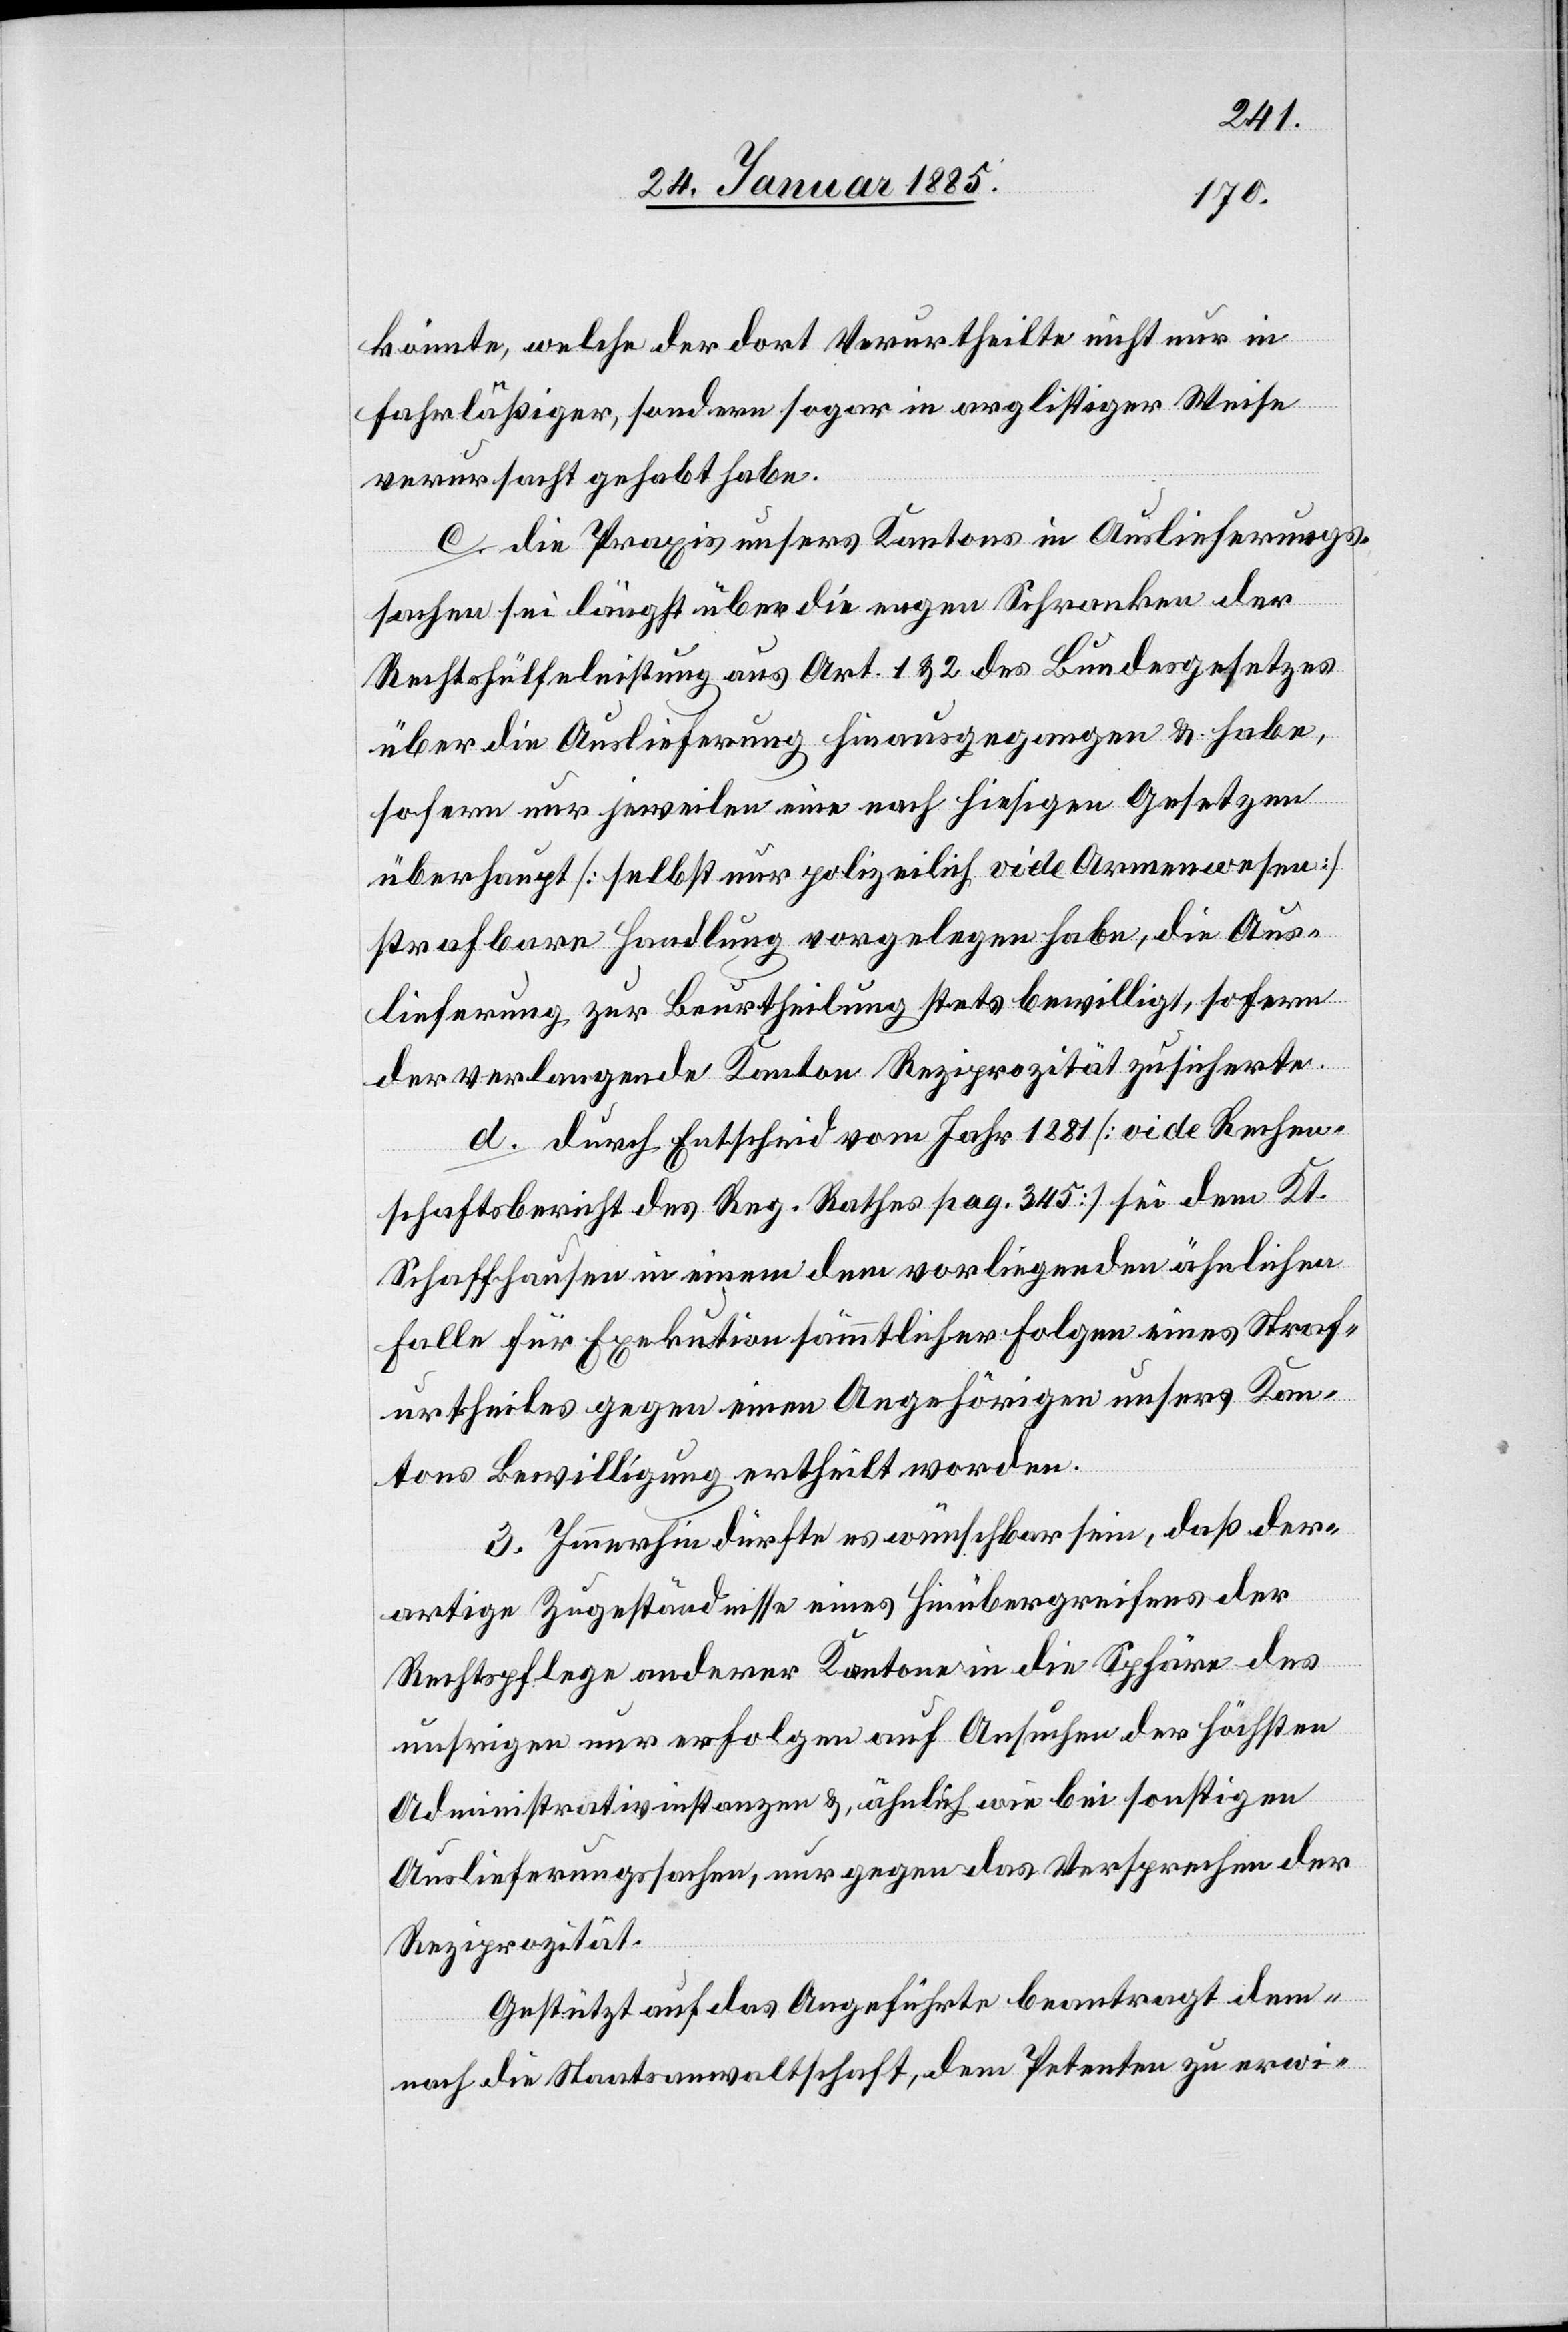
könnte, welche der dort Verurtheilte nicht nur in
fahrläßiger, sondern sogar in arglistiger Weise
verursacht gehabt habe.
c. die Praxis unsers Kantons in Auslieferungs¬
sachen sei längst über die engen Schranken der
Rechtshülfeleistung aus Art. 1 & 2 des Bundesgesetzes
über die Auslieferung hinausgegangen & habe,
sofern nur jeweilen eine nach hiesigen Gesetzen
überhaupt [selbst nur polizeiliche vide Armenwesen]
strafbare Handlung vorgelegen habe, die Aus¬
lieferung zur Beurtheilung stets bewilligt, sofern
der verlangende Kanton Reziprozität zusicherte.
d. durch Entscheid vom Jahr 1881 [vide Rechen¬
schaftsbericht des Reg. Rathes pag. 345] sei dem Kt.
Schaffhausen in einem dem vorliegenden ähnlichen
Falle für Exekution sämmtlicher Folgen eines Straf¬
urtheiles gegen einen Angehörigen unsers Kan¬
tons Bewilligung ertheilt worden.
3. Immerhin dürfte es wünschbar sein, daß der¬
artige Zugeständnisse eines Hinübergreifens der
Rechtspflege anderer Kantone in die Sphäre des
unsrigen nur erfolgen auf Ansuchen der höchsten
Administrativinstanzen & ähnlich wie bei sonstigen
Auslieferungssachen, nur gegen das Versprechen der
Reziprozität.
Gestützt auf das Angeführte beantragt dem¬
nach die Staatsanwaltschaft, dem Petenten zu erwi-